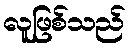
လူဖြစ်သည်